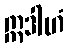
ဣဒါဟံ